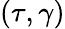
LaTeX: (\tau,\gamma)